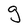
Character: g